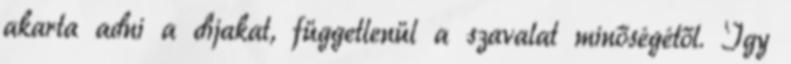
akarta adni a díjakat, függetlenül a szavalat minőségétől. Így